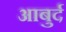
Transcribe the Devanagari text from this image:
आबुर्द